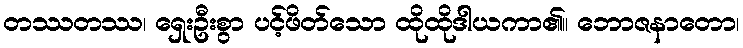
တဿတဿ၊ ရှေးဦးစွာ ပင့်ဖိတ်သော ထိုထိုဒါယကာ၏။ ဘောဇနာတော၊